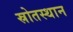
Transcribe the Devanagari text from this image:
स्रोतस्थान